Civil Veterinary Department. United Provinces 1912-22 - 1912-1922
Year: 1912
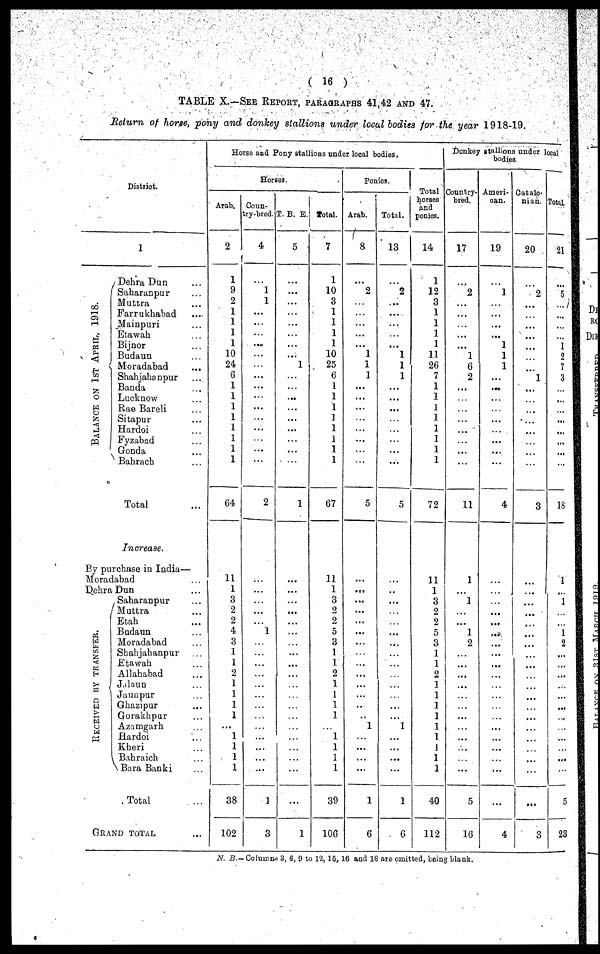
(16)
TABLE X.—SEE REPORT, PARAGRAPHS 41,42 AND 47.
Return of horse, pony and donkey stallions under local bodies for the year 1918-19.
District.
BALANCE ON 1ST APRI L, 1918.
1
Dehra Dun ...
Saharanpur ...
Muttra ...
Farrukhabad ...
Mainpuri ...
Etawah ...
Bijnor ...
Budaun ...
Moradabad ...
Shahjahanpur ...
Banda ...
Lucknow ...
Rae Bareli ...
Sitapur ...
Hardoi ...
Fyzabad ...
Gonda ...
Bahrach ...
Total ...
Increase.
By purchase in India—
Moradabad ...
Dehra Dun ...
RECEIVED BY TRANSFER.
Saharanpur ...
Muttra ...
Etah ...
Budaun ...
Moradabad ...
Shahjahanpur ...
Etawah ...
Allahabad ...
Jalaun ...
Jaunpur ...
Ghazipur ...
Gorakhpur ...
Azamgarh ...
Hardoi ...
Kheri ...
Bahraich ...
Bara Banki ...
Total ...
GRAND TOTAL ...
Horse and Pony stallions under local bodies.
Horses.
Arab.
2
1
9
2
1
1
1
1
10
24
6
1
1
1
1
1
1
1
1
64
11
1
3
2
2
4
3
1
1
2
1
1
1
1
...
1
1
1
1
38
102
Coun-
try-bred.
4
...
1
1
...
...
...
...
...
...
...
...
...
...
...
...
...
...
...
2
...
...
...
...
...
1
...
...
...
...
...
...
...
...
...
...
...
...
1
3
T. B. E.
5
...
...
...
...
...
...
...
...
1
...
...
...
...
...
...
...
...
...
1
...
...
...
...
...
...
...
...
...
...
...
...
...
...
...
...
...
...
...
1
Total.
7
1
10
3
1
1
1
1
10
25
6
1
1
1
1
1
1
1
1
67
11
1
3
2
2
5
3
1
1...
2
1
1
1
1
...
...
...
...
...
39
106
Ponies.
Arab.
8
...
2
...
...
...
...
...
1
1
1
...
...
...
...
...
...
...
...
5
...
...
...
...
...
...
...
...
...
...
...
...
..
..
...
...
...
...
...
1
6
Total.
13
...
2
...
...
...
...
...
1
1
1
...
...
...
...
...
...
...
...
5
...
..
...
...
...
...
...
...
...
...
...
...
...
...
1
...
...
...
...
1
6
Total
horses
and
ponies.
14
1
12
3
...
...
...
...
11
26
7
1
1
1
1
1
1
1
1
72
11
1
3
2
2
5
3
...
...
...
...
...
...
...
...
...
...
...
...
40
112
Donkey stallions under local
bodies
Country-
bred.
17
...
2
...
...
...
...
1
6
2
...
...
...
...
...
...
...
...
11
1
...
1
...
...
1
2
...
...
...
...
...
...
...
...
...
...
...
...
5
16
Ameri-
can.
19
...
1
...
...
...
1
1
1
...
...
...
...
...
...
...
...
4
...
...
...
...
...
...
...
...
...
...
...
...
...
...
...
...
...
...
...
...
4
Catalo-
nian.
20
...
2
...
....
...
...
...
...
1
...
...
...
...
...
...
...
...
3
...
...
...
...
...
...
...
...
...
...
...
...
...
...
...
...
...
...
...
3
Total
21
...
5
...
...
...
1
2
7
3
...
...
...
...
...
...
...
...
18
1
...
1
...
...
1
2
...
...
...
...
...
...
...
...
...
...
...
5
23
N. B.- Column 3, 6, 9 to 12, 16, 16 and 18 are omitted, being blank.